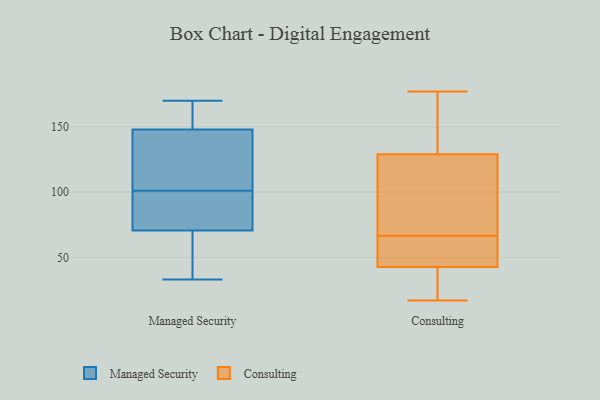
{"axis": {"x": "Customer Acquisition Cost (USD)", "y": "Value"}, "legend": ["Consulting", "Managed Security"], "data": [{"x": "", "y": 148, "type": "Managed Security"}, {"x": "", "y": 148, "type": "Managed Security"}, {"x": "", "y": 170, "type": "Managed Security"}, {"x": "", "y": 39, "type": "Managed Security"}, {"x": "", "y": 91, "type": "Managed Security"}, {"x": "", "y": 159, "type": "Managed Security"}, {"x": "", "y": 107, "type": "Managed Security"}, {"x": "", "y": 84, "type": "Managed Security"}, {"x": "", "y": 57, "type": "Managed Security"}, {"x": "", "y": 146, "type": "Managed Security"}, {"x": "", "y": 33, "type": "Managed Security"}, {"x": "", "y": 95, "type": "Managed Security"}, {"x": "", "y": 63, "type": "Consulting"}, {"x": "", "y": 54, "type": "Consulting"}, {"x": "", "y": 104, "type": "Consulting"}, {"x": "", "y": 23, "type": "Consulting"}, {"x": "", "y": 141, "type": "Consulting"}, {"x": "", "y": 41, "type": "Consulting"}, {"x": "", "y": 17, "type": "Consulting"}, {"x": "", "y": 162, "type": "Consulting"}, {"x": "", "y": 44, "type": "Consulting"}, {"x": "", "y": 177, "type": "Consulting"}, {"x": "", "y": 117, "type": "Consulting"}, {"x": "", "y": 67, "type": "Consulting"}, {"x": "", "y": 20, "type": "Consulting"}, {"x": "", "y": 66, "type": "Consulting"}, {"x": "", "y": 166, "type": "Consulting"}, {"x": "", "y": 110, "type": "Consulting"}]}